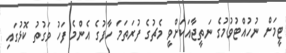
ޓީމަށް ނުހުއްޓުވުމުގެ ނަތީޖާއަކަށްވީ މެޗުގެ ފުރަތަމަ ހާފުގެ އެންމެ ފަހު ވަގުތު ކޮޅުގައި